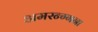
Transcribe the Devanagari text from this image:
अमरन्ग्गना